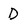
Character: D